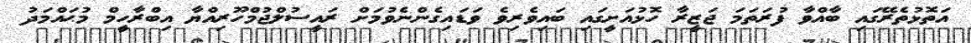
އަތޮޅުތެރޭގައި ބާއްވާ ފުރަތަމަ ޖަޒީރާ ހޮޅުއަށީގައި ބައިވެރިވެ ވަޑައިގެންނެވުމަށް ރައީސުލްޖުމްހޫރިއްޔާ އިބްރާހީމް މުޙައްމަދު